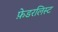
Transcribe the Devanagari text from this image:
फ़ेडरलिस्ट